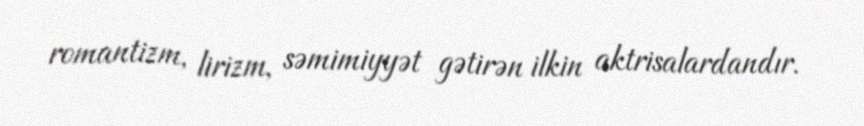
romantizm, lirizm, səmimiyyət gətirən ilkin aktrisalardandır.